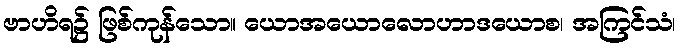
ဗာဟိရ၌ ဖြစ်ကုန်သော။ ယောအယောလောဟာဒယောစ၊ အကြင်သံ၊